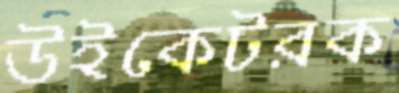
উইকেটরক